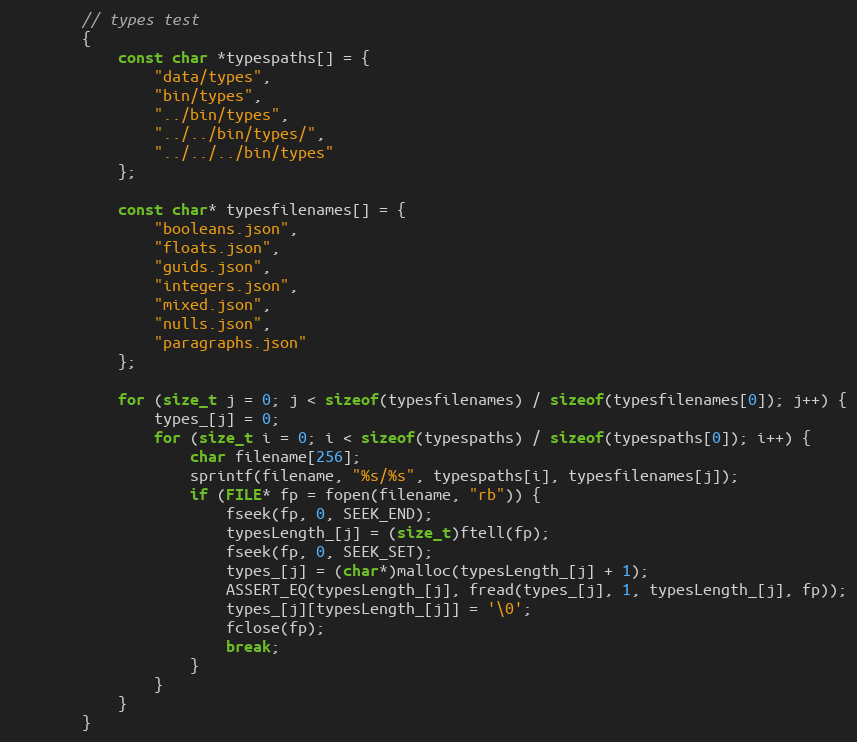
Language: C
        // types test
        {
            const char *typespaths[] = {
                "data/types",
                "bin/types",
                "../bin/types",
                "../../bin/types/",
                "../../../bin/types"
            };

            const char* typesfilenames[] = {
                "booleans.json",
                "floats.json",
                "guids.json",
                "integers.json",
                "mixed.json",
                "nulls.json",
                "paragraphs.json"
            };

            for (size_t j = 0; j < sizeof(typesfilenames) / sizeof(typesfilenames[0]); j++) {
                types_[j] = 0;
                for (size_t i = 0; i < sizeof(typespaths) / sizeof(typespaths[0]); i++) {
                    char filename[256];
                    sprintf(filename, "%s/%s", typespaths[i], typesfilenames[j]);
                    if (FILE* fp = fopen(filename, "rb")) {
                        fseek(fp, 0, SEEK_END);
                        typesLength_[j] = (size_t)ftell(fp);
                        fseek(fp, 0, SEEK_SET);
                        types_[j] = (char*)malloc(typesLength_[j] + 1);
                        ASSERT_EQ(typesLength_[j], fread(types_[j], 1, typesLength_[j], fp));
                        types_[j][typesLength_[j]] = '\0';
                        fclose(fp);
                        break;
                    }
                }
            }
        }